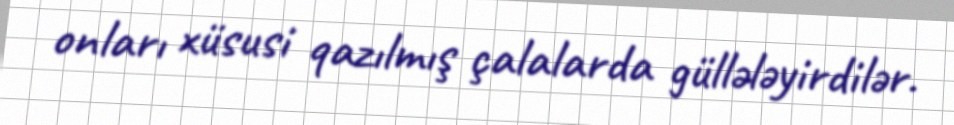
onları xüsusi qazılmış çalalarda güllələyirdilər.